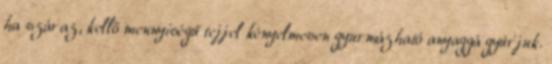
ha száraz, kellő mennyiségű tejjel kényelmesen gyurmázható anyaggá gyúrjuk.